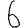
Digit: 6